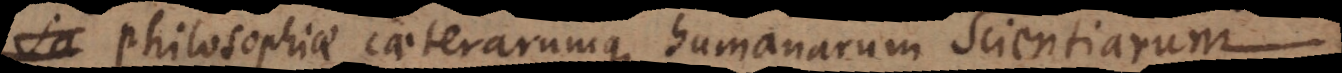
Philosophiae caeterarumque humanarum Scientiarum